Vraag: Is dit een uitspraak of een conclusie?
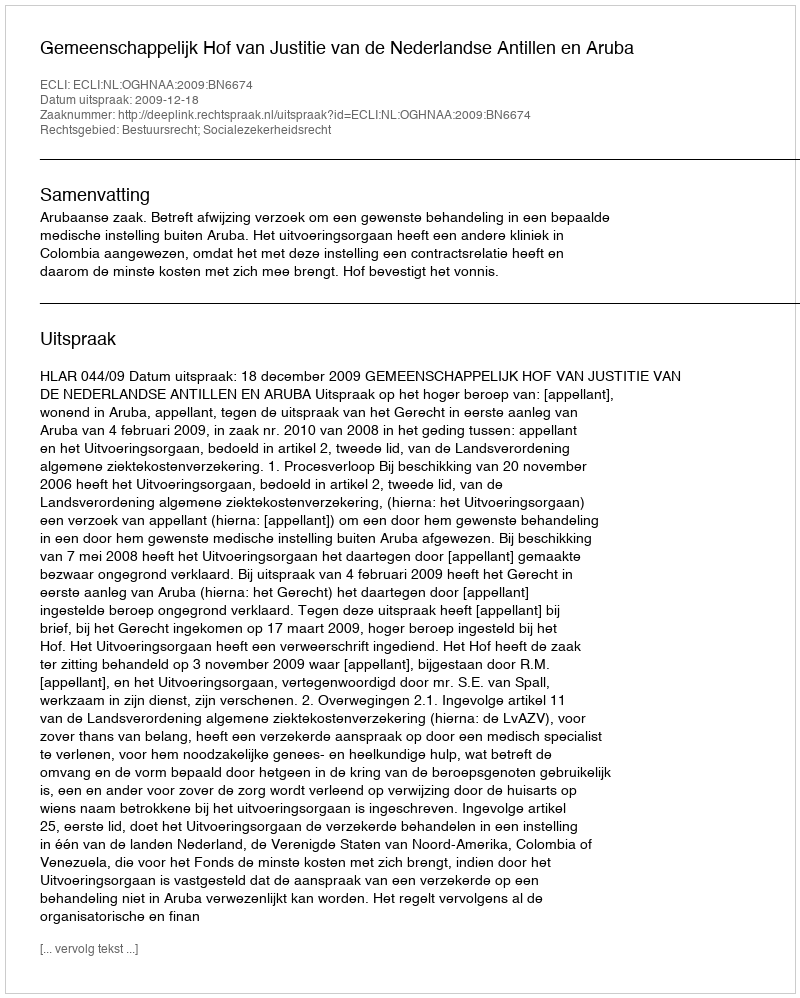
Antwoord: Uitspraak